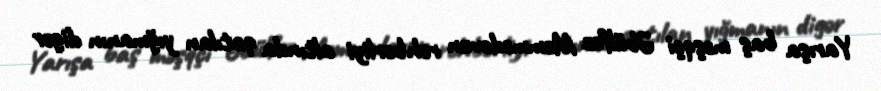
Yarışa baş məşqçi Əbülfəz Məmmədovun rəhbərliyi altında qatılan yığmanın digər